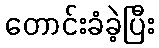
တောင်းခံခဲ့ပြီး